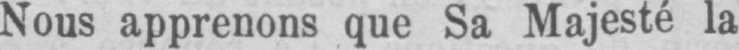
Nous apprenons que Sa Majesté la